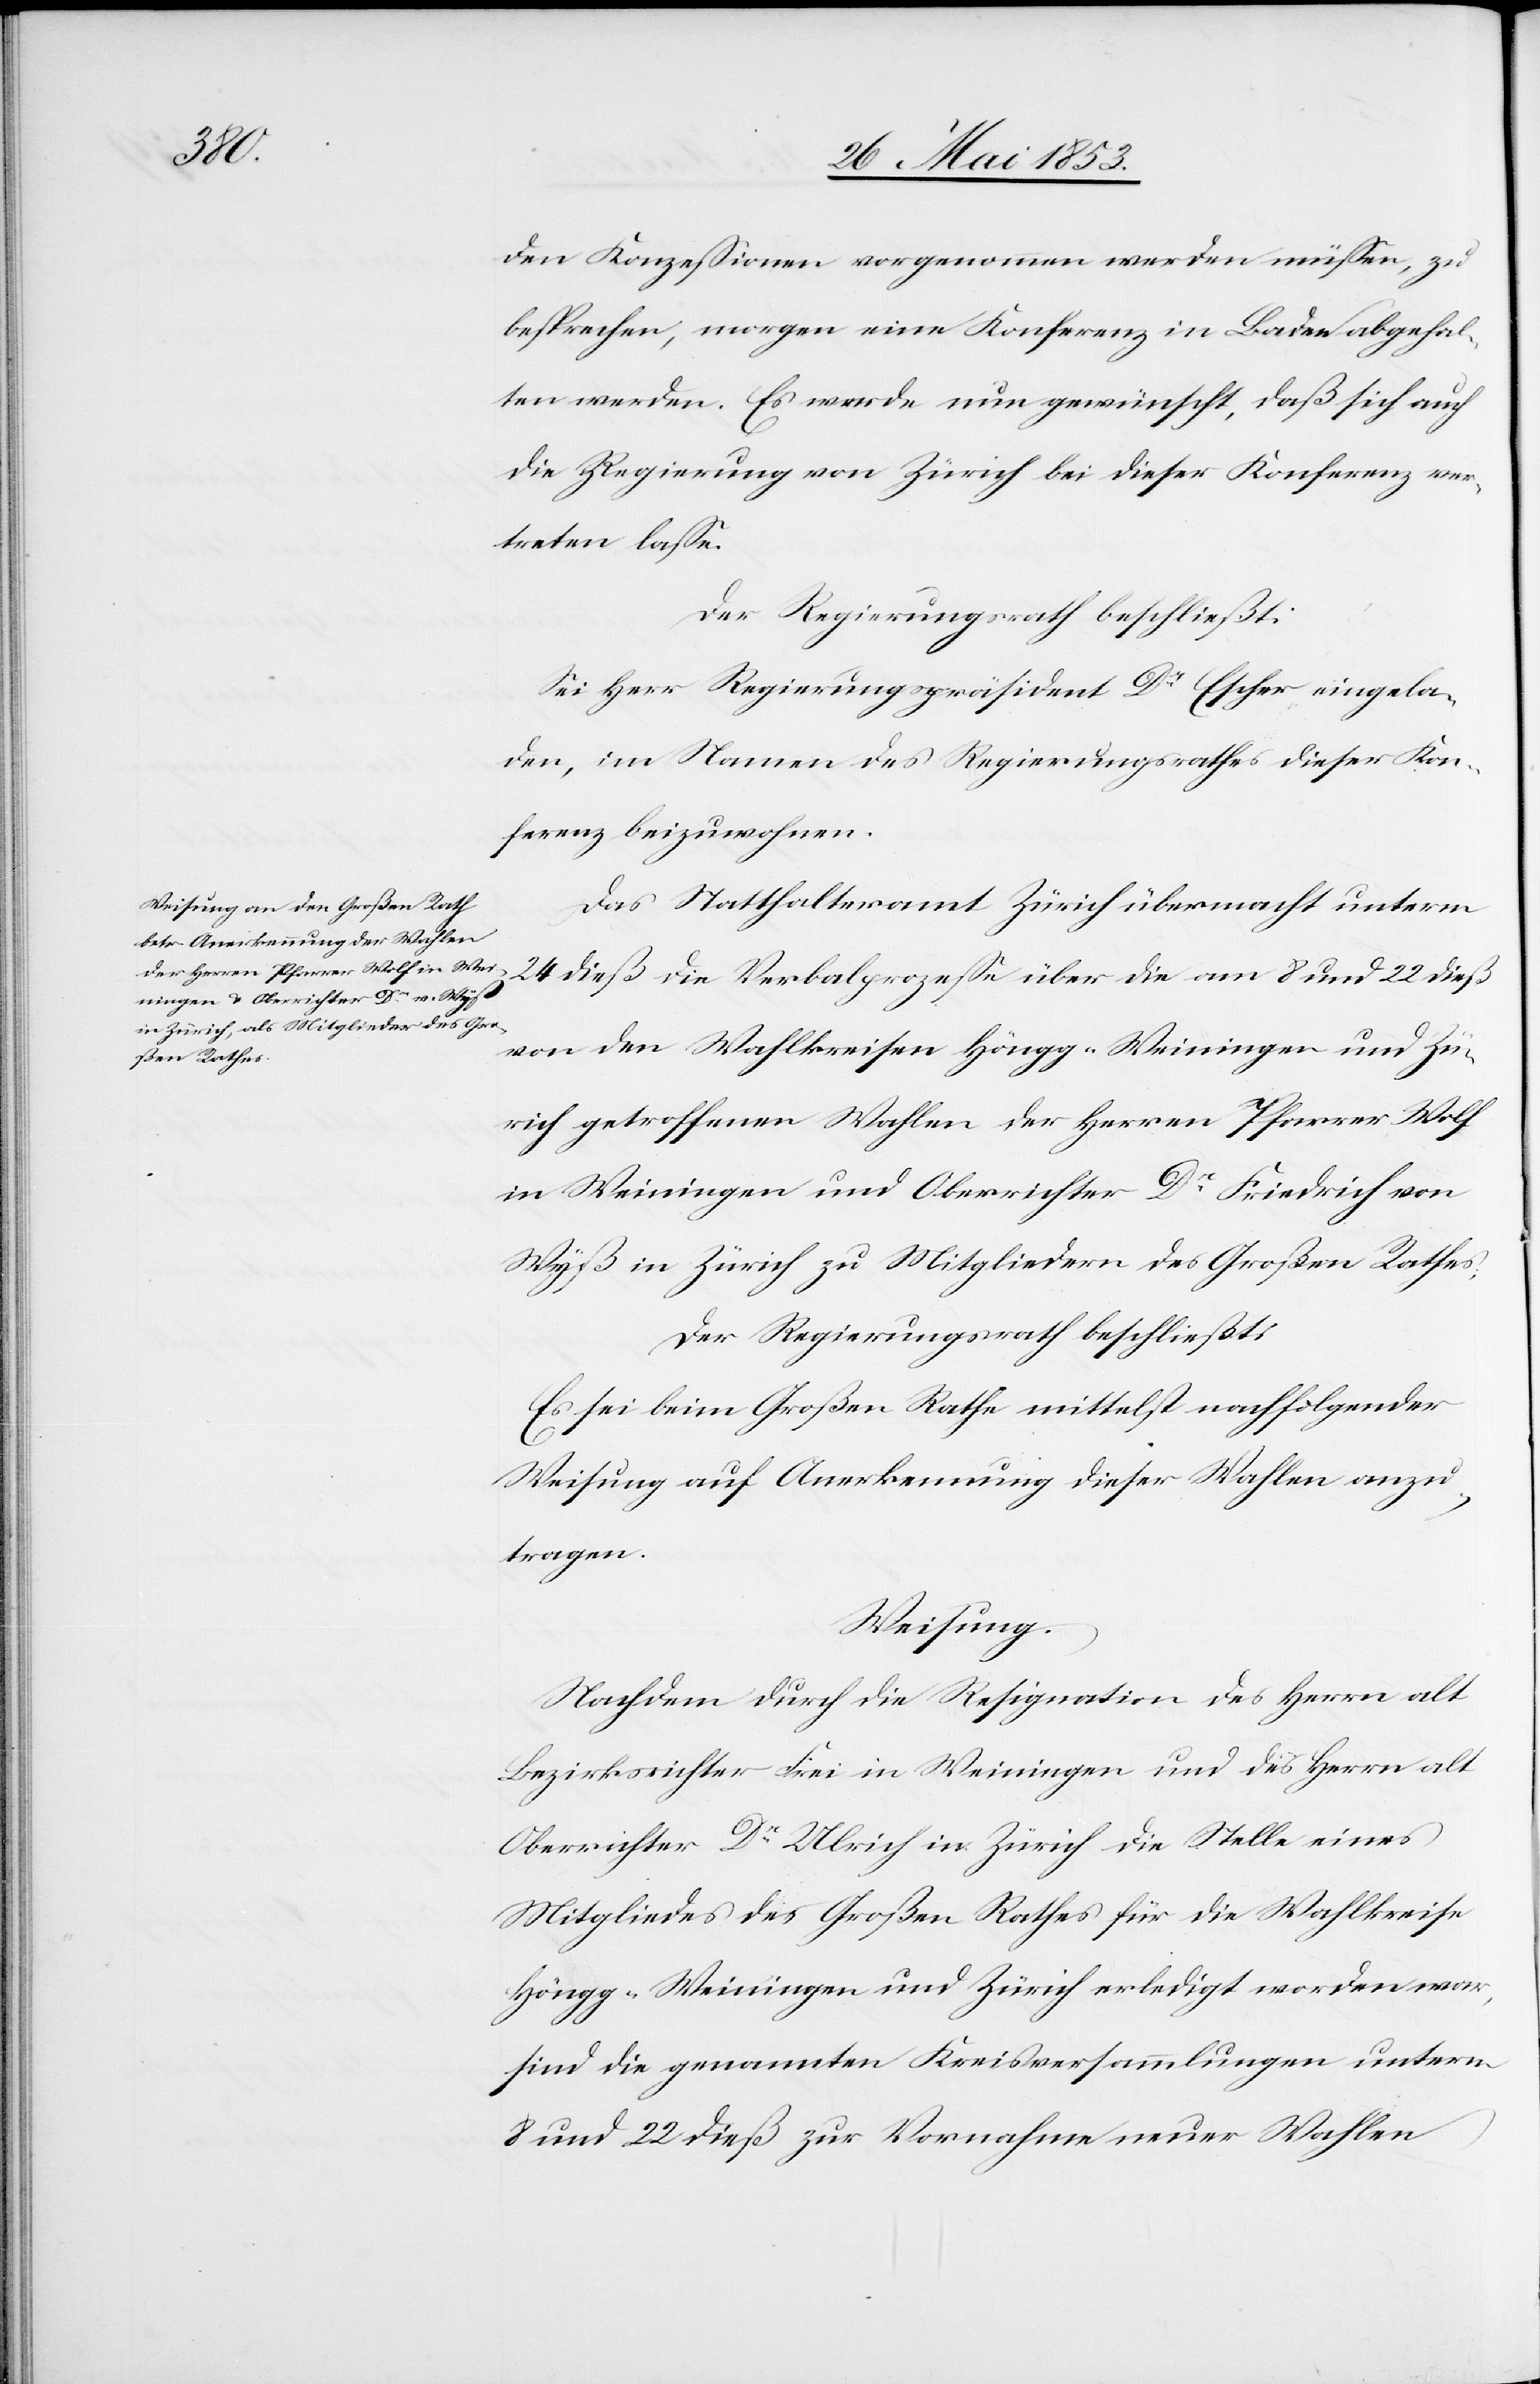
den Konzeßionen vorgenommen werden müßen, zu
besprechen, morgen eine Konferenz in Baden abgehal¬
ten werden. Es werde nun gewünscht, daß sich auch
die Regierung von Zürich bei dieser Konferenz ver¬
treten laße.
Der Regierungsrath beschließt:
Sei Herr Regierungspräsident Dr. Escher eingela¬
den, im Namen des Regierungsrathes dieser Kon¬
ferenz beizuwohnen.
Das Statthalteramt Zürich übermacht unterm
24 dieß die Verbalprozeße über die am 8 und 22 dieß
von den Wahlkreisen Höngg-Weiningen und Zü¬
rich getroffenen Wahlen der Herrn Pfarrer Wolf
in Weinigen und Oberrichter Dr. Friedrich von
Wyß in Zürich zu Mitgliedern des Großen Rathes.
Der Regierungsrath beschließt:
Es sei beim Großen Rathe mittelst nachfolgender
Weisung auf Anerkennung dieser Wahlen anzu¬
tragen.
Weisung:
Nachdem durch die Resignation des Herrn alt
Bezirksrichter Frei in Weiningen und des Herrn alt
Oberrichter Dr. Ulrich in Zürich die Stelle eines
Mitgliedes des Großen Rathes für die Wahlkreise
Höngg-Weiningen und Zürich erledigt worden war,
sind die genannten Kreisversammlungen unterm
8 und 22 dieß zur Vornahme neuer Wahlen